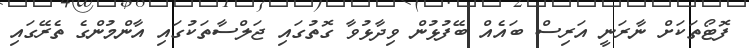
ފޮޓޯތަކަށް ނާރަނީ އަރިސް ބައެއް ބޭފުޅުން ވިދާޅުވާ ގޮތުގައި ޖަލްސާތަކުގައި އާންމުންގެ ތެރޭގައި